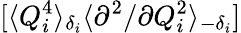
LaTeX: [\langle Q_{i}^{4}\rangle_{\delta_{i}}\langle{\partial^{2}}/{\partial Q_{i}^{2}}\rangle_{-\delta_{i}}]